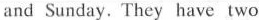
and Sunday. They have two